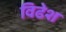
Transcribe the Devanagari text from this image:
विढेश